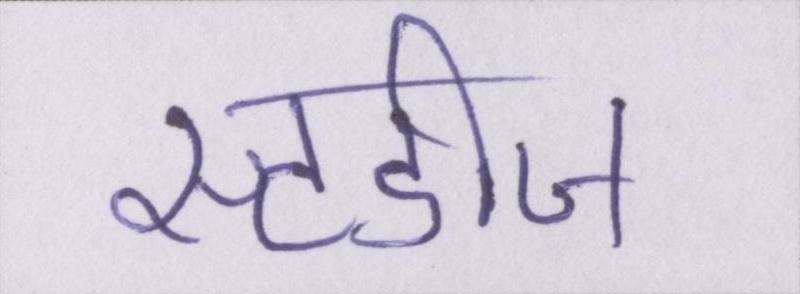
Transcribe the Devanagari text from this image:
स्टडीज